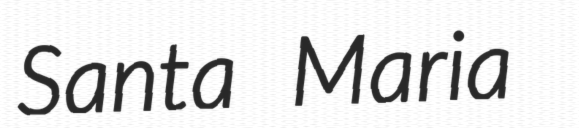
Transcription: Santa Maria